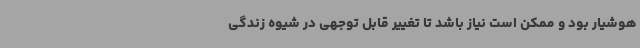
هوشیار بود و ممکن است نیاز باشد تا تغییر قابل توجهی در شیوه زندگی